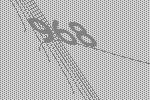
968